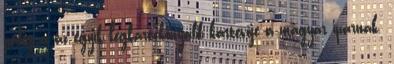
pedig a az egyik legkártékonyabb kártevője a magyar iparnak.